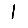
Digit: 1